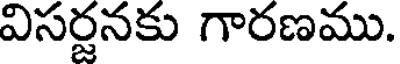
విసర్జనకు గారణము.